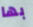
بها